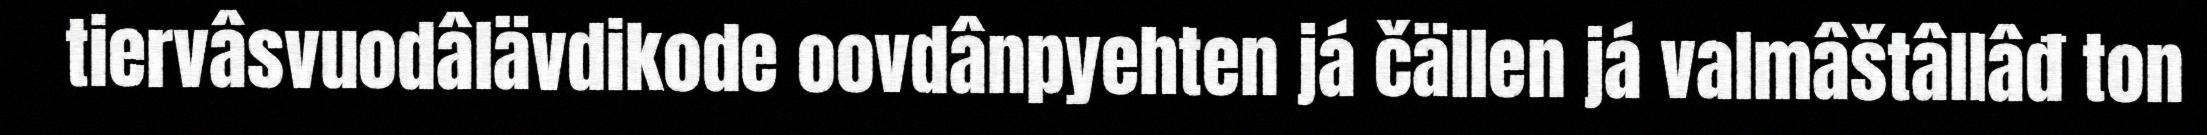
tiervâsvuodâlävdikode oovdânpyehten já čällen já valmâštâllâđ ton